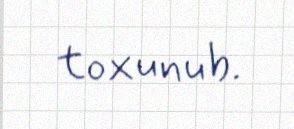
toxunub.